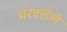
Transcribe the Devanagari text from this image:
भरवलेले